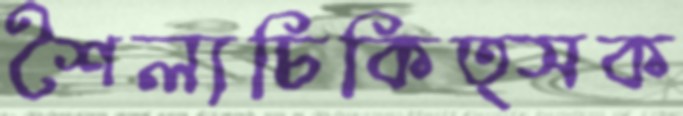
শৈল্যচিকিত্সক